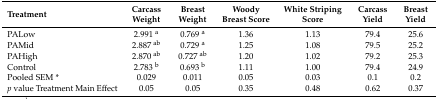
| Treatment | Carcass Weight | Breast Weight | Woody Breast Score | White Striping Score | Carcass Yield | Breast Yield |
 | --- | --- | --- | --- | --- | --- | --- |
 | PALow | 2.991 a | 0.769 a | 1.36 | 1.13 | 79.4 | 25.6 |
 | PAMid | 2.887 ab | 0.729 a | 1.25 | 1.08 | 79.5 | 25.2 |
 | PAHigh | 2.870 ab | 0.727 ab | 1.20 | 1.02 | 79.2 | 25.3 |
 | Control | 2.783 b | 0.693 b | 1.11 | 1.00 | 79.4 | 24.9 |
 | Pooled SEM * | 0.029 | 0.011 | 0.05 | 0.03 | 0.1 | 0.2 |
 | p value Treatment Main Effect | 0.05 | 0.05 | 0.35 | 0.48 | 0.62 | 0.37 |